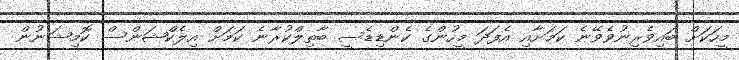
މީހަކަށް ބައިވެރިނުވެވޭނެ ކަމަށާއި އެފަދަ މީހުންގެ ކެންޑިޑެސީ ބާތިލްކުރާނެ ކަމަށް އިލެކްޝަންސް ކޮމިޝަނުން